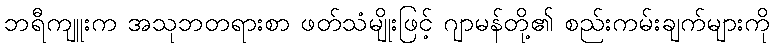
ဘရီကျူးက အသုဘတရားစာ ဖတ်သံမျိုးဖြင့် ဂျာမန်တို့၏ စည်းကမ်းချက်များကို